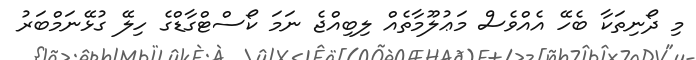
މި ދޯނިތަކާ ބެހޭ އެއްވެސް މަޢުލޫމާތެއް ލިބިއްޖެ ނަމަ ކޯސްޓްގާޑްގެ ހިލޭ ގުޅޭނަމްބަރު